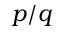
p / q